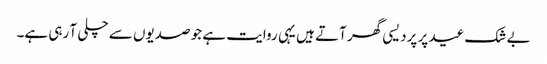
بے شک عید پر پردیسی گھر آتے ہیں یہی روایت ہے جو صدیوں سے چلی آ رہی ہے۔